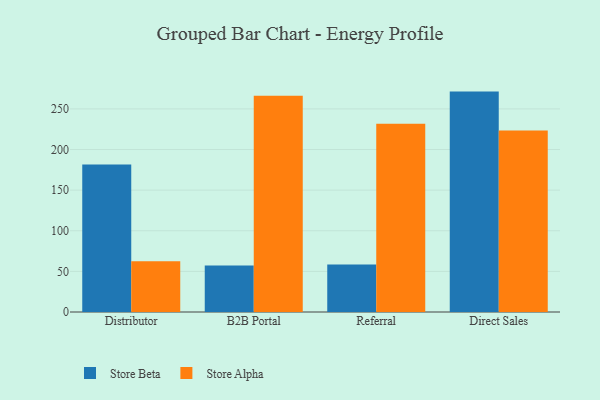
{"axis": {"x": "Channel", "y": "Customer Acquisition Cost (USD)"}, "legend": ["Store Alpha", "Store Beta"], "data": [{"x": "Distributor", "y": 181.5, "type": "Store Beta"}, {"x": "Distributor", "y": 62.4, "type": "Store Alpha"}, {"x": "B2B Portal", "y": 57.3, "type": "Store Beta"}, {"x": "B2B Portal", "y": 266.2, "type": "Store Alpha"}, {"x": "Referral", "y": 58.5, "type": "Store Beta"}, {"x": "Referral", "y": 231.8, "type": "Store Alpha"}, {"x": "Direct Sales", "y": 271.3, "type": "Store Beta"}, {"x": "Direct Sales", "y": 223.5, "type": "Store Alpha"}]}